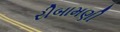
રીબામણી